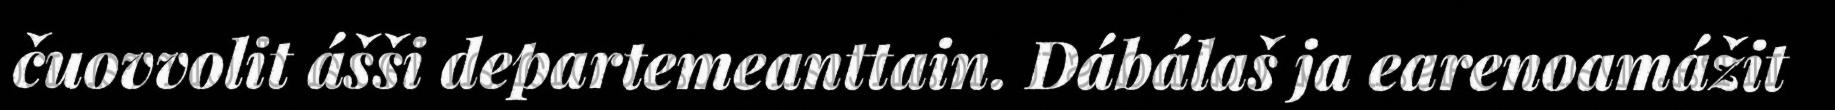
čuovvolit ášši departemeanttain. Dábálaš ja earenoamážit